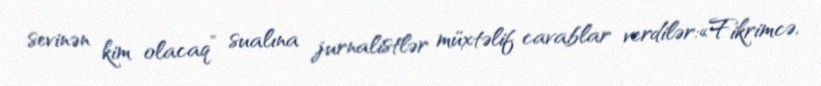
sevinən kim olacaq” sualına jurnalistlər müxtəlif cavablar verdilər:«Fikrimcə,